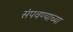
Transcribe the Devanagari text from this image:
संपवण्याच्या